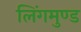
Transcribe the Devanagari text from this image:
लिंगमुण्ड